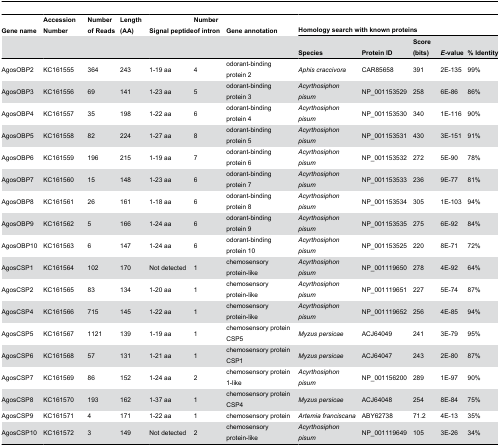
<table><thead><tr><td><b>Gene name</b></td><td><b>Accession Number</b></td><td><b>Number of Reads</b></td><td><b>Length (AA)</b></td><td><b>Signal peptide</b></td><td><b>Number of intron</b></td><td><b>Gene annotation</b></td><td colspan="5"><b>Homology search with known proteins</b></td></tr><tr><td></td><td></td><td></td><td></td><td></td><td></td><td></td><td><b>Species</b></td><td><b>Protein ID</b></td><td><b>Score (bits)</b></td><td><b><i>E</i>-value</b></td><td><b>% Identity</b></td></tr></thead><tbody><tr><td>AgosOBP2</td><td>KC161555</td><td>364</td><td>243</td><td>1-19 aa</td><td>4</td><td>odorant-binding protein 2</td><td><i>Aphis craccivora</i></td><td>CAR85658</td><td>391</td><td>2E-135</td><td>99%</td></tr><tr><td>AgosOBP3</td><td>KC161556</td><td>69</td><td>141</td><td>1-23 aa</td><td>5</td><td>odorant-binding protein 3</td><td><i>Acyrthosiphon pisum</i></td><td>NP_001153529</td><td>258</td><td>6E-86</td><td>86%</td></tr><tr><td>AgosOBP4</td><td>KC161557</td><td>35</td><td>198</td><td>1-22 aa</td><td>6</td><td>odorant-binding protein 4</td><td><i>Acyrthosiphon pisum</i></td><td>NP_001153530</td><td>340</td><td>1E-116</td><td>90%</td></tr><tr><td>AgosOBP5</td><td>KC161558</td><td>82</td><td>224</td><td>1-27 aa</td><td>8</td><td>odorant-binding protein 5</td><td><i>Acyrthosiphon pisum</i></td><td>NP_001153531</td><td>430</td><td>3E-151</td><td>91%</td></tr><tr><td>AgosOBP6</td><td>KC161559</td><td>196</td><td>215</td><td>1-19 aa</td><td>7</td><td>odorant-binding protein 6</td><td><i>Acyrthosiphon pisum</i></td><td>NP_001153532</td><td>272</td><td>5E-90</td><td>78%</td></tr><tr><td>AgosOBP7</td><td>KC161560</td><td>15</td><td>148</td><td>1-23 aa</td><td>6</td><td>odorant-binding protein 7</td><td><i>Acyrthosiphon pisum</i></td><td>NP_001153533</td><td>236</td><td>9E-77</td><td>81%</td></tr><tr><td>AgosOBP8</td><td>KC161561</td><td>26</td><td>161</td><td>1-18 aa</td><td>6</td><td>odorant-binding protein 8</td><td><i>Acyrthosiphon pisum</i></td><td>NP_001153534</td><td>305</td><td>1E-103</td><td>94%</td></tr><tr><td>AgosOBP9</td><td>KC161562</td><td>5</td><td>166</td><td>1-24 aa</td><td>6</td><td>odorant-binding protein 9</td><td><i>Acyrthosiphon pisum</i></td><td>NP_001153535</td><td>275</td><td>6E-92</td><td>84%</td></tr><tr><td>AgosOBP10</td><td>KC161563</td><td>6</td><td>147</td><td>1-24 aa</td><td>6</td><td>odorant-binding protein 10</td><td><i>Acyrthosiphon pisum</i></td><td>NP_001153525</td><td>220</td><td>8E-71</td><td>72%</td></tr><tr><td>AgosCSP1</td><td>KC161564</td><td>102</td><td>170</td><td>Not detected</td><td>1</td><td>chemosensory protein-like</td><td><i>Acyrthosiphon pisum</i></td><td>NP_001119650</td><td>278</td><td>4E-92</td><td>64%</td></tr><tr><td>AgosCSP2</td><td>KC161565</td><td>83</td><td>134</td><td>1-20 aa</td><td>1</td><td>chemosensory protein-like</td><td><i>Acyrthosiphon pisum</i></td><td>NP_001119651</td><td>227</td><td>5E-74</td><td>87%</td></tr><tr><td>AgosCSP4</td><td>KC161566</td><td>715</td><td>145</td><td>1-22 aa</td><td>1</td><td>chemosensory protein-like</td><td><i>Acyrthosiphon pisum</i></td><td>NP_001119652</td><td>256</td><td>4E-85</td><td>94%</td></tr><tr><td>AgosCSP5</td><td>KC161567</td><td>1121</td><td>139</td><td>1-19 aa</td><td>1</td><td>chemosensory protein CSP5</td><td><i>Myzus</i><i>persicae</i></td><td>ACJ64049</td><td>241</td><td>3E-79</td><td>95%</td></tr><tr><td>AgosCSP6</td><td>KC161568</td><td>57</td><td>131</td><td>1-21 aa</td><td>1</td><td>chemosensory protein CSP1</td><td><i>Myzus</i><i>persicae</i></td><td>ACJ64047</td><td>243</td><td>2E-80</td><td>87%</td></tr><tr><td>AgosCSP7</td><td>KC161569</td><td>86</td><td>152</td><td>1-24 aa</td><td>2</td><td>chemosensory protein 1-like</td><td><i>Acyrthosiphon pisum</i></td><td>NP_001156200</td><td>289</td><td>1E-97</td><td>90%</td></tr><tr><td>AgosCSP8</td><td>KC161570</td><td>193</td><td>162</td><td>1-37 aa</td><td>1</td><td>chemosensory protein CSP4</td><td><i>Myzus</i><i>persicae</i></td><td>ACJ64048</td><td>254</td><td>8E-84</td><td>75%</td></tr><tr><td>AgosCSP9</td><td>KC161571</td><td>4</td><td>171</td><td>1-22 aa</td><td>1</td><td>chemosensory protein</td><td><i>Artemiafranciscana</i></td><td>ABY62738</td><td>71.2</td><td>4E-13</td><td>35%</td></tr><tr><td>AgosCSP10</td><td>KC161572</td><td>3</td><td>149</td><td>Not detected</td><td>2</td><td>chemosensory protein-like</td><td><i>Acyrthosiphon pisum</i></td><td>NP_001119649</td><td>105</td><td>3E-26</td><td>34%</td></tr></tbody></table>